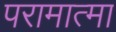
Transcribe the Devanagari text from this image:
परामात्मा